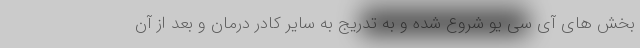
بخش های آی سی یو شروع شده و به تدریج به سایر کادر درمان و بعد از آن